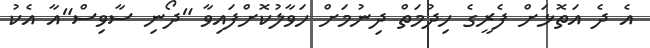
އެ ދެ އަތޮޅަށް ފެރީގެ ހިދުމަތް ދިނުމަށް ހަވާލުކޮށްފައިވާ "ދޯނި ސާވިސް"އާ އެކު